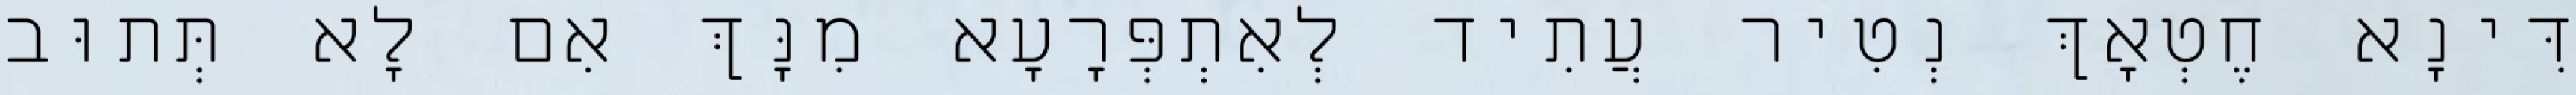
דִּינָא חֶטְאָךְ נְטִיר עֲתִיד לְאִתְפְּרָעָא מִנָּךְ אִם לָא תְּתוּב